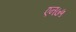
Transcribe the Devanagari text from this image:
एन७५